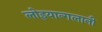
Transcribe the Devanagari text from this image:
लोइयान्गलानी